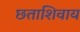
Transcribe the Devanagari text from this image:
छताशिवाय